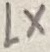
Text: LX